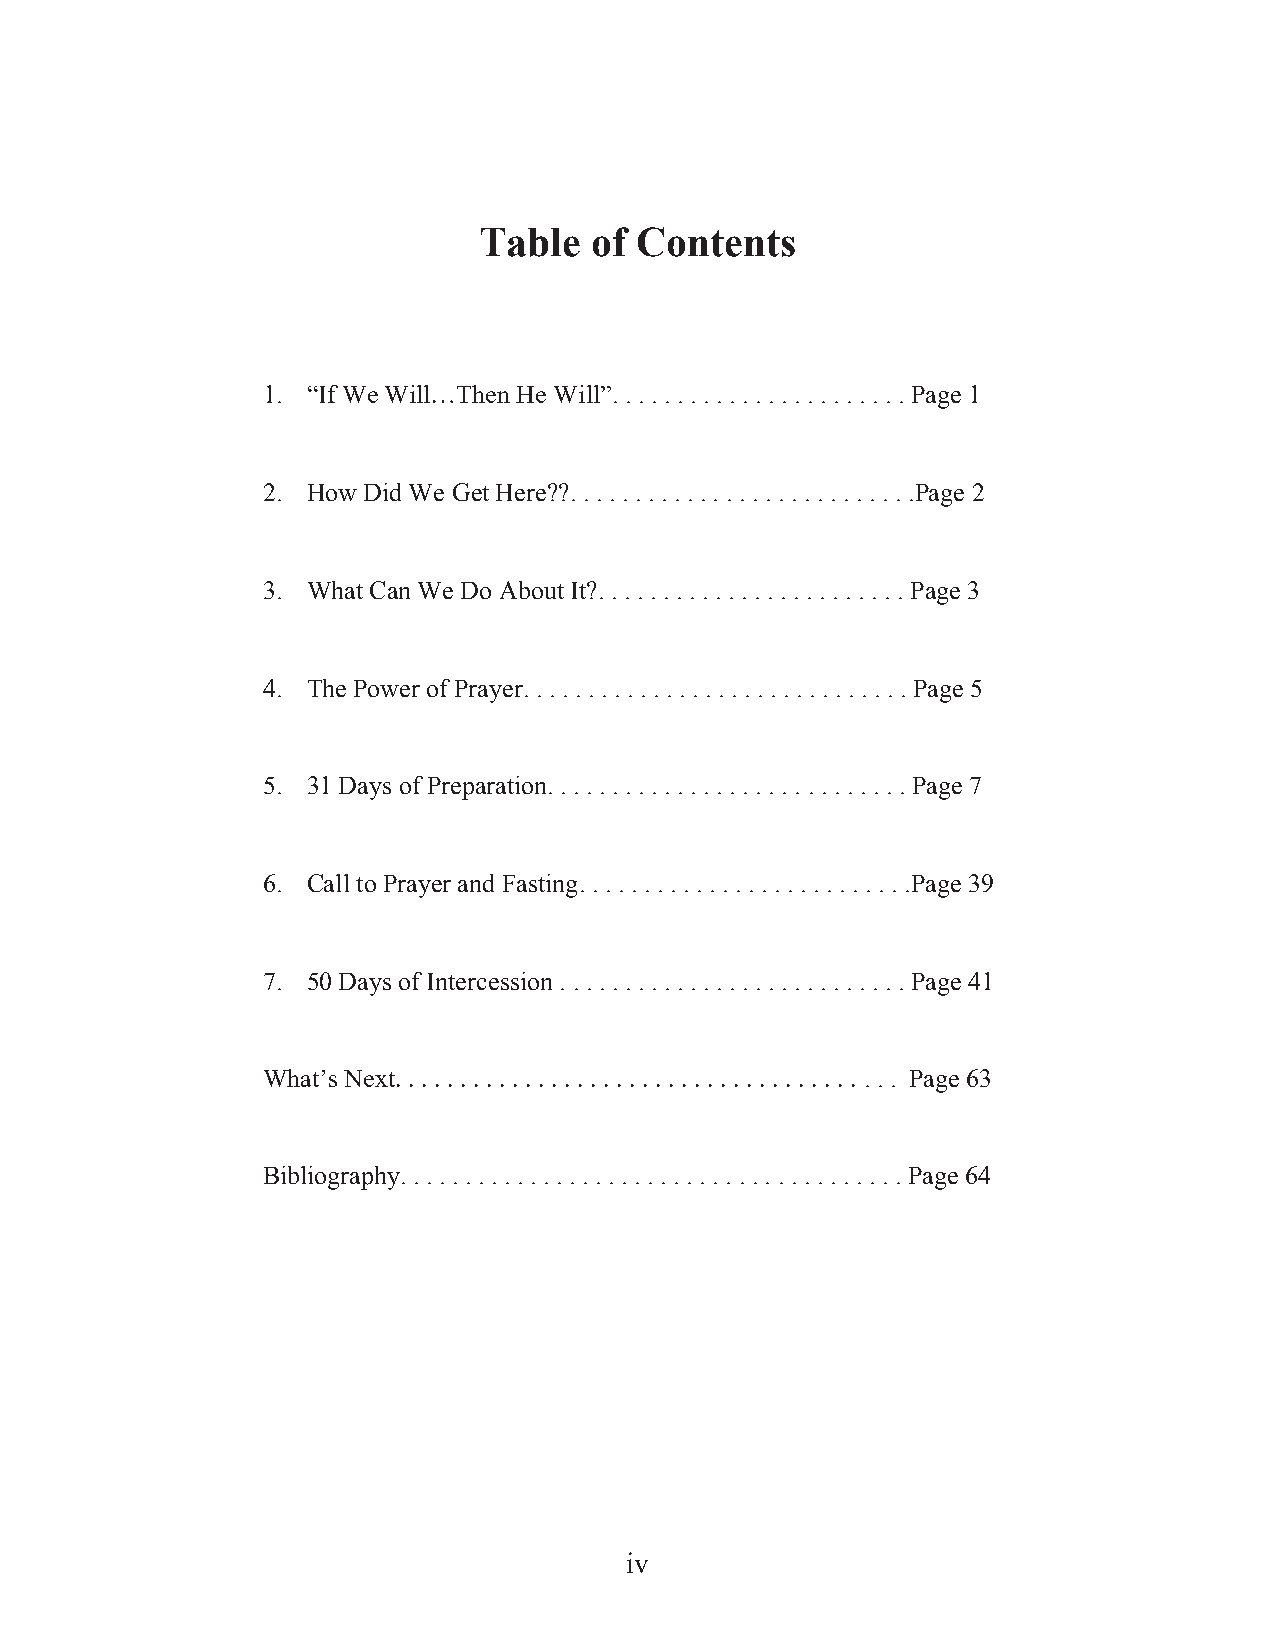
Table  of Contents
 1. “If We Will…Then He Will”. . . . . . . . . . . . . . . . . . . . . . . Page 1
 2. How Did We Get Here??. . . . . . . . . . . . . . . . . . . . . . . . . . .Page 2
 3. What Can We Do About It?. . . . . . . . . . . . . . . . . . . . . . . . Page 3
 4. The Power of Prayer. . . . . . . . . . . . . . . . . . . . . . . . . . . . . . Page 5
 5. 31 Days of Preparation. . . . . . . . . . . . . . . . . . . . . . . . . . . . Page 7
 6. Call to Prayer and Fasting. . . . . . . . . . . . . . . . . . . . . . . . . .Page 39
 7. 50 Days of Intercession . . . . . . . . . . . . . . . . . . . . . . . . . . . Page 41
 What’s Next. . . . . . . . . . . . . . . . . . . . . . . . . . . . . . . . . . . . . . . Page 63
 Bibliography. . . . . . . . . . . . . . . . . . . . . . . . . . . . . . . . . . . . . . . Page 64
 iiii v